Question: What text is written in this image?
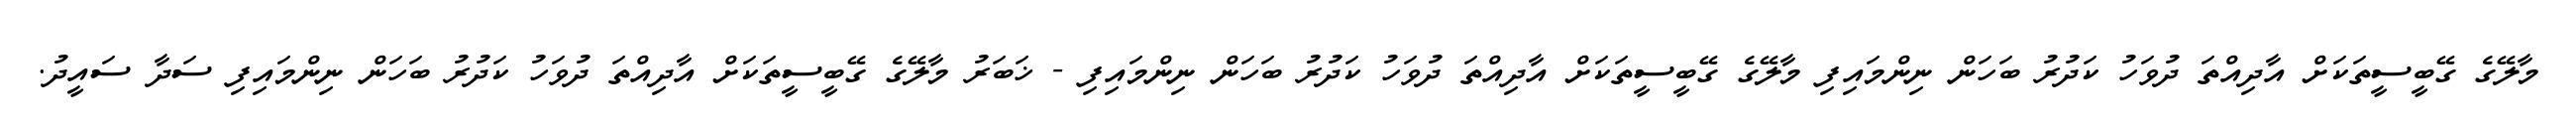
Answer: މާލޭގެ ގޭބީސީތަކަށް އާދިއްތަ ދުވަހު ކަދުރު ބަހަން ނިންމައިފި މާލޭގެ ގޭބީސީތަކަށް އާދިއްތަ ދުވަހު ކަދުރު ބަހަން ނިންމައިފި - ޚަބަރު މާލޭގެ ގޭބީސީތަކަށް އާދިއްތަ ދުވަހު ކަދުރު ބަހަން ނިންމައިފި ސަދާ ސައީދު.